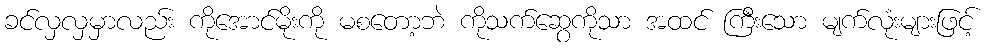
ခင်လှလှမှာလည်း ကိုအောင်မိုးကို မစတော့ဘဲ ကိုသက်ဆွေကိုသာ အထင် ကြီးသော မျက်လုံးများဖြင့်